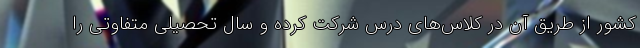
کشور از طریق آن در کلاس‌های درس شرکت کرده و سال تحصیلی متفاوتی را